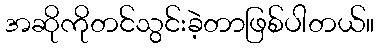
အဆိုကိုတင်သွင်းခဲ့တာဖြစ်ပါတယ်။